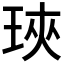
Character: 𤥵